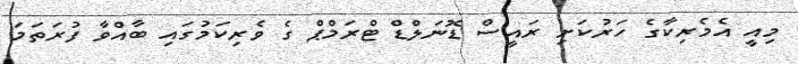
މިއީ އެމެރިކާގެ ހަރުކަށި ރައީސް ޑޮނަލްޑް ޓްރަމްޕް ގެ ވެރިކަމުގައި ބާއްވާ ފުރަތަމަ